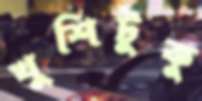
খুশিটুকু